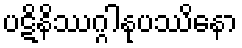
ပဋိနိဿဂ္ဂါနုပဿိနော